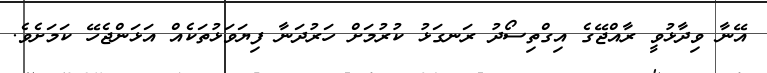
އޭނާ ވިދާޅުވީ ރާއްޖޭގެ އިގްތިސޯދު ރަނގަޅު ކުރުމަށް ހަރުދަނާ ފިޔަވަޅުތަކެއް އަޅަންޖެހޭ ކަމަށެވެ.